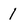
Character: 1